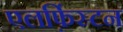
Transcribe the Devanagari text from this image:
एलफ़िंस्टन